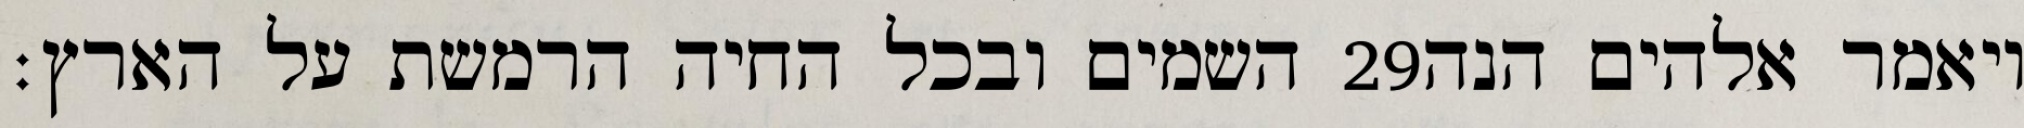
השמים ובכל החיה הרמשת על הארץ׃ ‎29‏ ויאמר אלהים הנה